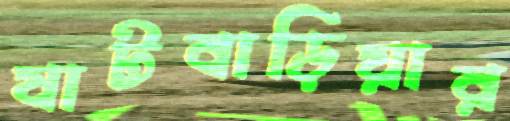
ষাটবাড়িয়ার